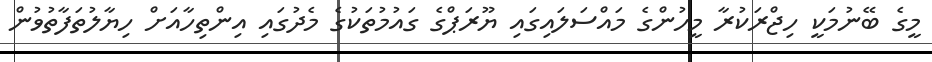
މީގެ ބޭނުމަކީ ހިޖްރަކުރާ މީހުންގެ މައްސަލައިގައި ޔޫރަޕްގެ ގައުމުތަކުގެ މެދުގައި އިންތިހާއަށް ހިޔާލުތަފާތުވުން